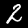
Digit: 2